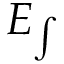
E _ { \int }